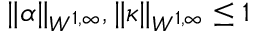
\| \alpha \| _ { W ^ { 1 , \infty } } , \| \kappa \| _ { W ^ { 1 , \infty } } \leq 1